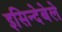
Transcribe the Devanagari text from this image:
इसिन्देबेले